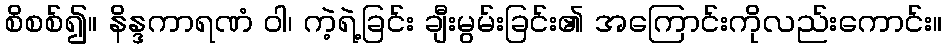
စိစစ်၍။ နိန္ဒကာရဏံ ဝါ၊ ကဲ့ရဲ့ခြင်း ချီးမွမ်းခြင်း၏ အကြောင်းကိုလည်းကောင်း။